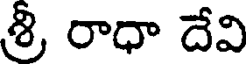
శ్రీ రాధా దేవి